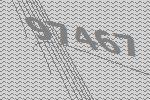
97467